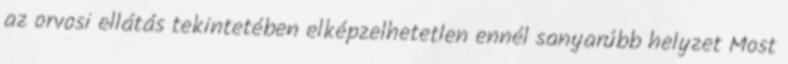
az orvosi ellátás tekintetében elképzelhetetlen ennél sanyarúbb helyzet Most